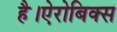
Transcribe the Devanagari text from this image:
है।ऐरोबिक्स